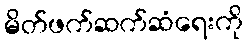
မိတ်ဖက်ဆက်ဆံရေးကို